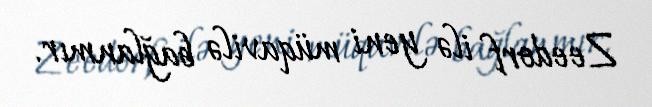
Zeedorf ilə yeni müqavilə bağlanmır.